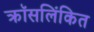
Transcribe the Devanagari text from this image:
क्रॉसलिंकित